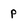
Character: P